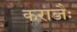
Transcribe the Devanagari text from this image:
कराब्जैः